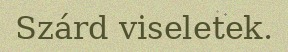
Szárd viseletek.